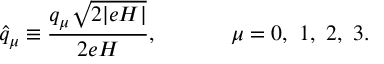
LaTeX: \hat { q } _ { \mu } \equiv \frac { q _ { \mu } \sqrt { 2 | e H | } } { 2 e H } , ~ ~ ~ ~ ~ ~ ~ ~ ~ ~ \mu = 0 , ~ 1 , ~ 2 , ~ 3 .